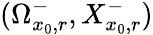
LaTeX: (\Omega_{x_{0},r}^{-},X_{x_{0},r}^{-})